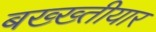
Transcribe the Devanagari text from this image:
बख्ख्तीयार